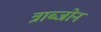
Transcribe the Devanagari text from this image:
त्राब्जोन